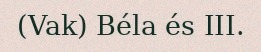
(Vak) Béla és III.